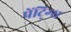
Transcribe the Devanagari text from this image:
पेंटि्ग्स